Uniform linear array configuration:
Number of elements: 4
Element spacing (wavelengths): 0.25
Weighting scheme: cosine
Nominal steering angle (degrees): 60
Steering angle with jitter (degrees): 58.106
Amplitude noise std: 0.05
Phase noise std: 0.05

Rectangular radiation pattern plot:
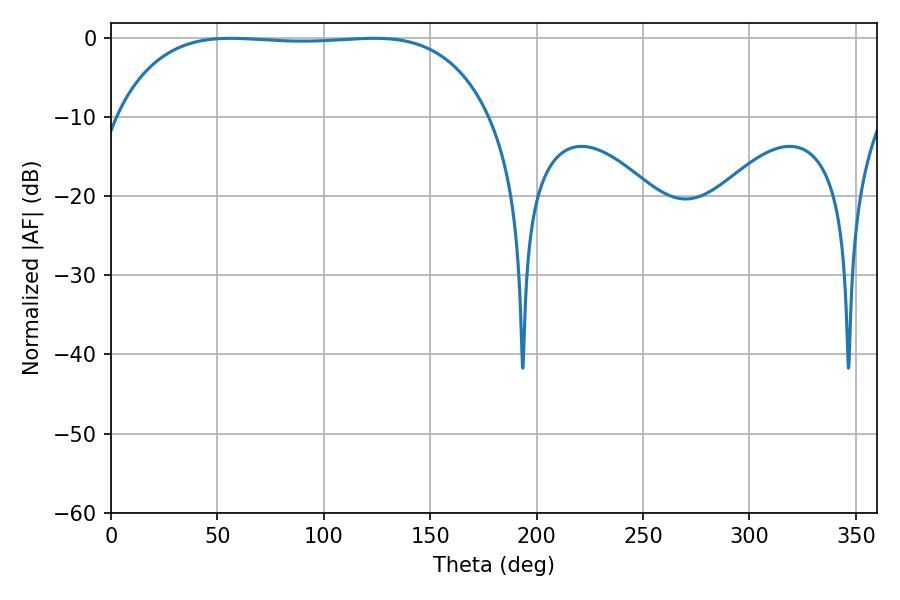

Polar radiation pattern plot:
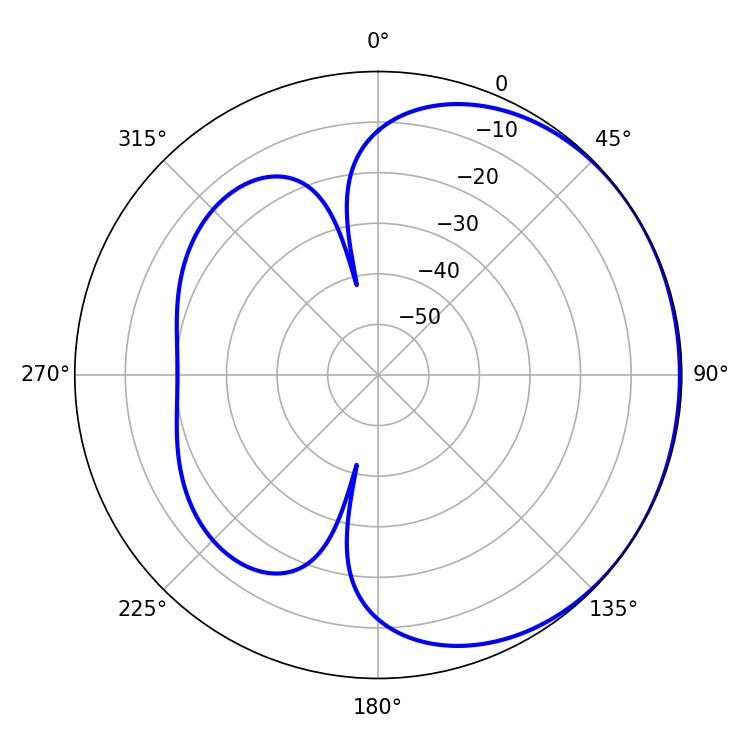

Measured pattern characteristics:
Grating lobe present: FALSE
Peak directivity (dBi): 0.6595
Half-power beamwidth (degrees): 137.88
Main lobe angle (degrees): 56.34